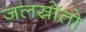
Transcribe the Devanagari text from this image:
जलस्रोतो